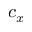
c _ { x }